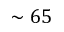
\sim 6 5